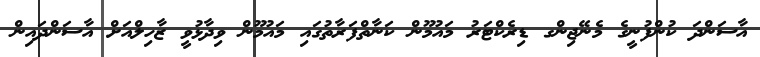
އާސަންދަ ކުންފުނީގެ މެނޭޖިންގ ޑިރެކްޓަރު މައުމޫން ކަނާތްފަރާތުގައި މައުމޫން ވިދާޅުވީ ޒާހިލްއަށް އާސަންދައިން